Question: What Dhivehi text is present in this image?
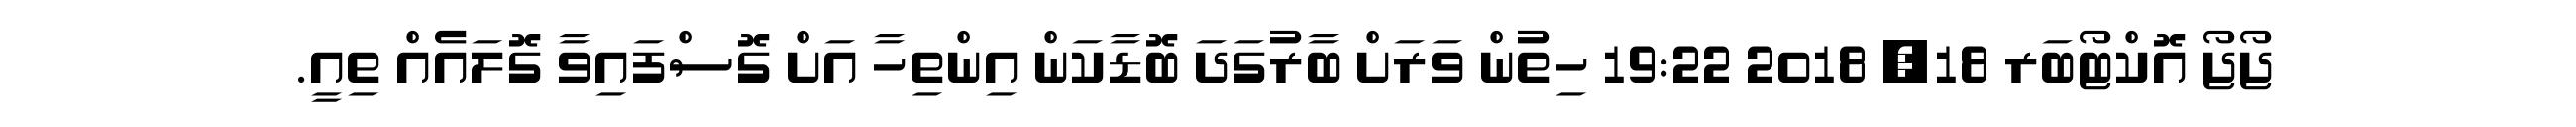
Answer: ޖޯޖޯ އޮކްޓޯބަރ 18, 2018 19:22 ހިތުން ވަރަށް ބާރުގަދަ ބޮޑާކަން އިންތިހާ އަށް ގޮސްފައިވާ ގޮލައެއް ތިއީ.